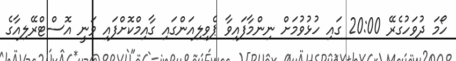
ހޯމަ ދުވަހުގެރޭ 20:00 ގައި ހުޅުވުމަށް ނިންމާފައިވާ ޕެވިލިއަންގައި ގާއިމްކޮށްފައި ވަނީ އޮސްޓްރޭލިއާގެ